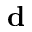
\mathbf { d }